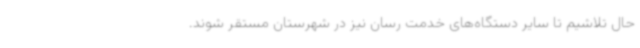
حال تلاشیم تا سایر دستگاه‌های خدمت رسان نیز در شهرستان مستقر شوند.